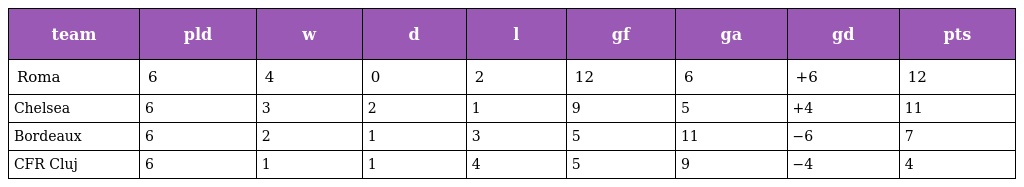
| team | pld | w | d | l | gf | ga | gd | pts |
 | --- | --- | --- | --- | --- | --- | --- | --- | --- |
 | Roma | 6 | 4 | 0 | 2 | 12 | 6 | +6 | 12 |
 | Chelsea | 6 | 3 | 2 | 1 | 9 | 5 | +4 | 11 |
 | Bordeaux | 6 | 2 | 1 | 3 | 5 | 11 | −6 | 7 |
 | CFR Cluj | 6 | 1 | 1 | 4 | 5 | 9 | −4 | 4 |